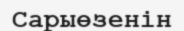
Сарыөзенін